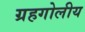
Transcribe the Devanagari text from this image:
ग्रहगोलीय